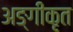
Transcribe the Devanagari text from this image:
अङ्गीकृत